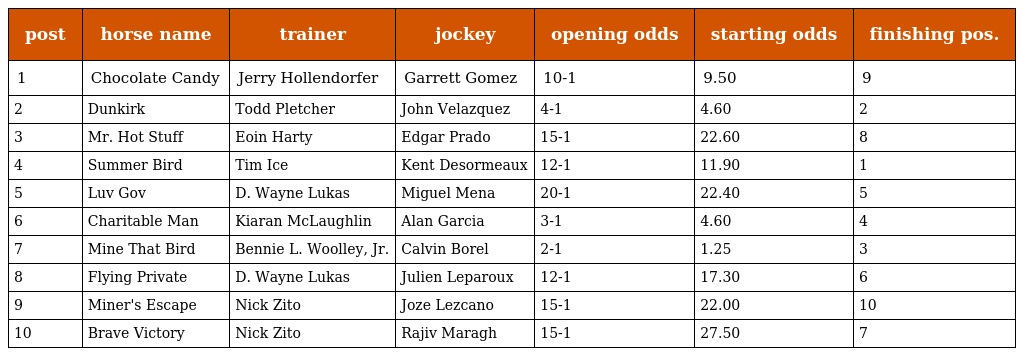
| post | horse name | trainer | jockey | opening odds | starting odds | finishing pos. |
 | --- | --- | --- | --- | --- | --- | --- |
 | 1 | Chocolate Candy | Jerry Hollendorfer | Garrett Gomez | 10-1 | 9.50 | 9 |
 | 2 | Dunkirk | Todd Pletcher | John Velazquez | 4-1 | 4.60 | 2 |
 | 3 | Mr. Hot Stuff | Eoin Harty | Edgar Prado | 15-1 | 22.60 | 8 |
 | 4 | Summer Bird | Tim Ice | Kent Desormeaux | 12-1 | 11.90 | 1 |
 | 5 | Luv Gov | D. Wayne Lukas | Miguel Mena | 20-1 | 22.40 | 5 |
 | 6 | Charitable Man | Kiaran McLaughlin | Alan Garcia | 3-1 | 4.60 | 4 |
 | 7 | Mine That Bird | Bennie L. Woolley, Jr. | Calvin Borel | 2-1 | 1.25 | 3 |
 | 8 | Flying Private | D. Wayne Lukas | Julien Leparoux | 12-1 | 17.30 | 6 |
 | 9 | Miner's Escape | Nick Zito | Joze Lezcano | 15-1 | 22.00 | 10 |
 | 10 | Brave Victory | Nick Zito | Rajiv Maragh | 15-1 | 27.50 | 7 |